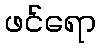
ဖင်ရော